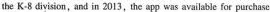
the K-8 division,and in 2013,the app was available for purchase